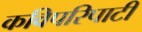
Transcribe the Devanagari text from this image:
कविपरिपाटी